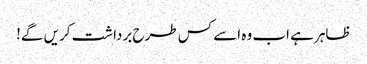
ظاہر ہے اب وہ اسے کس طرح برداشت کریں گے!